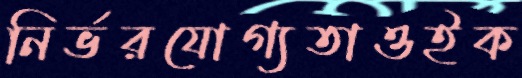
নির্ভরযোগ্যতাওইক